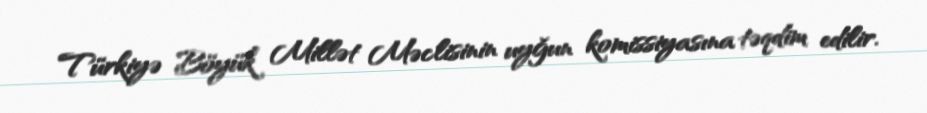
Türkiyə Böyük Millət Məclisinin uyğun komissiyasına təqdim edilir.